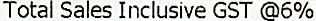
TOTAL SALES INCLUSIVE GST @6%